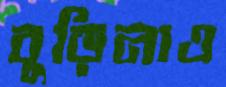
বুড়িনাও